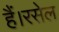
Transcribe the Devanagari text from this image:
हैं।रसेल